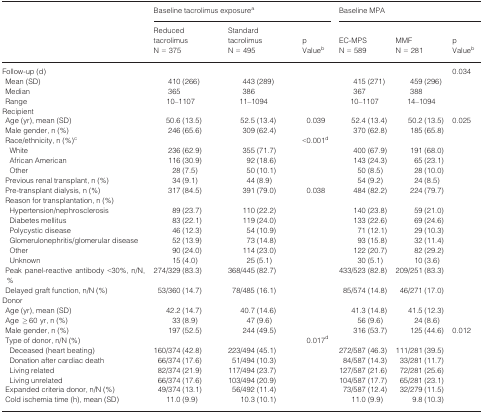
<table><thead><tr><td></td><td colspan="3"><b>Baseline tacrolimus exposurea</b></td><td colspan="3"><b>Baseline MPA</b></td></tr><tr><td></td><td><b>Reduced tacrolimus N = 375</b></td><td><b>Standard tacrolimus N = 495</b></td><td><b>p Valueb</b></td><td><b>EC-MPS N = 589</b></td><td><b>MMF N = 281</b></td><td><b>p Valueb</b></td></tr></thead><tbody><tr><td>Follow-up (d)</td><td></td><td></td><td></td><td></td><td></td><td>0.034</td></tr><tr><td> Mean (SD)</td><td>410 (266)</td><td>443 (289)</td><td></td><td>415 (271)</td><td>459 (296)</td><td></td></tr><tr><td> Median</td><td>365</td><td>386</td><td></td><td>367</td><td>388</td><td></td></tr><tr><td> Range</td><td>10–1107</td><td>11–1094</td><td></td><td>10–1107</td><td>14–1094</td><td></td></tr><tr><td colspan="7">Recipient</td></tr><tr><td> Age (yr), mean (SD)</td><td>50.6 (13.5)</td><td>52.5 (13.4)</td><td>0.039</td><td>52.4 (13.4)</td><td>50.2 (13.5)</td><td>0.025</td></tr><tr><td> Male gender, n (%)</td><td>246 (65.6)</td><td>309 (62.4)</td><td></td><td>370 (62.8)</td><td>185 (65.8)</td><td></td></tr><tr><td> Race/ethnicity, n (%)c</td><td></td><td></td><td>&lt;0.001d</td><td></td><td></td><td></td></tr><tr><td>White</td><td>236 (62.9)</td><td>355 (71.7)</td><td></td><td>400 (67.9)</td><td>191 (68.0)</td><td></td></tr><tr><td>African American</td><td>116 (30.9)</td><td>92 (18.6)</td><td></td><td>143 (24.3)</td><td>65 (23.1)</td><td></td></tr><tr><td>Other</td><td>28 (7.5)</td><td>50 (10.1)</td><td></td><td>50 (8.5)</td><td>28 (10.0)</td><td></td></tr><tr><td> Previous renal transplant, n (%)</td><td>34 (9.1)</td><td>44 (8.9)</td><td></td><td>54 (9.2)</td><td>24 (8.5)</td><td></td></tr><tr><td> Pre-transplant dialysis, n (%)</td><td>317 (84.5)</td><td>391 (79.0)</td><td>0.038</td><td>484 (82.2)</td><td>224 (79.7)</td><td></td></tr><tr><td colspan="7"> Reason for transplantation, n (%)</td></tr><tr><td>Hypertension/nephrosclerosis</td><td>89 (23.7)</td><td>110 (22.2)</td><td></td><td>140 (23.8)</td><td>59 (21.0)</td><td></td></tr><tr><td>Diabetes mellitus</td><td>83 (22.1)</td><td>119 (24.0)</td><td></td><td>133 (22.6)</td><td>69 (24.6)</td><td></td></tr><tr><td>Polycystic disease</td><td>46 (12.3)</td><td>54 (10.9)</td><td></td><td>71 (12.1)</td><td>29 (10.3)</td><td></td></tr><tr><td>Glomerulonephritis/glomerular disease</td><td>52 (13.9)</td><td>73 (14.8)</td><td></td><td>93 (15.8)</td><td>32 (11.4)</td><td></td></tr><tr><td>Other</td><td>90 (24.0)</td><td>114 (23.0)</td><td></td><td>122 (20.7)</td><td>82 (29.2)</td><td></td></tr><tr><td>Unknown</td><td>15 (4.0)</td><td>25 (5.1)</td><td></td><td>30 (5.1)</td><td>10 (3.6)</td><td></td></tr><tr><td> Peak panel-reactive antibody &lt;30%, n/N,%</td><td>274/329 (83.3)</td><td>368/445 (82.7)</td><td></td><td>433/523 (82.8)</td><td>209/251 (83.3)</td><td></td></tr><tr><td> Delayed graft function, n/N (%)</td><td>53/360 (14.7)</td><td>78/485 (16.1)</td><td></td><td>85/574 (14.8)</td><td>46/271 (17.0)</td><td></td></tr><tr><td colspan="7">Donor</td></tr><tr><td> Age (yr), mean (SD)</td><td>42.2 (14.7)</td><td>40.7 (14.6)</td><td></td><td>41.3 (14.8)</td><td>41.5 (12.3)</td><td></td></tr><tr><td> Age ≥60 yr, n (%)</td><td>33 (8.9)</td><td>47 (9.6)</td><td></td><td>56 (9.6)</td><td>24 (8.6)</td><td></td></tr><tr><td> Male gender, n (%)</td><td>197 (52.5)</td><td>244 (49.5)</td><td></td><td>316 (53.7)</td><td>125 (44.6)</td><td>0.012</td></tr><tr><td> Type of donor, n/N (%)</td><td></td><td></td><td>0.017d</td><td></td><td></td><td></td></tr><tr><td>Deceased (heart beating)</td><td>160/374 (42.8)</td><td>223/494 (45.1)</td><td></td><td>272/587 (46.3)</td><td>111/281 (39.5)</td><td></td></tr><tr><td>Donation after cardiac death</td><td>66/374 (17.6)</td><td>51/494 (10.3)</td><td></td><td>84/587 (14.3)</td><td>33/281 (11.7)</td><td></td></tr><tr><td>Living related</td><td>82/374 (21.9)</td><td>117/494 (23.7)</td><td></td><td>127/587 (21.6)</td><td>72/281 (25.6)</td><td></td></tr><tr><td>Living unrelated</td><td>66/374 (17.6)</td><td>103/494 (20.9)</td><td></td><td>104/587 (17.7)</td><td>65/281 (23.1)</td><td></td></tr><tr><td> Expanded criteria donor, n/N (%)</td><td>49/374 (13.1)</td><td>56/492 (11.4)</td><td></td><td>73/587 (12.4)</td><td>32/279 (11.5)</td><td></td></tr><tr><td> Cold ischemia time (h), mean (SD)</td><td>11.0 (9.9)</td><td>10.3 (10.1)</td><td></td><td>11.0 (9.9)</td><td>9.8 (10.3)</td><td></td></tr></tbody></table>